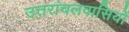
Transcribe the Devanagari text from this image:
उत्तरांचलवासियों